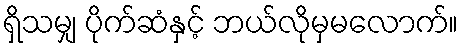
ရှိသမျှ ပိုက်ဆံနှင့် ဘယ်လိုမှမလောက်။